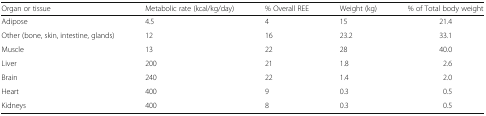
<table><thead><tr><td><b>Organ or tissue</b></td><td><b>Metabolic rate (kcal/kg/day)</b></td><td><b>% Overall REE</b></td><td><b>Weight (kg)</b></td><td><b>% of Total body weight</b></td></tr></thead><tbody><tr><td>Adipose</td><td>4.5</td><td>4</td><td>15</td><td>21.4</td></tr><tr><td>Other (bone, skin, intestine, glands)</td><td>12</td><td>16</td><td>23.2</td><td>33.1</td></tr><tr><td>Muscle</td><td>13</td><td>22</td><td>28</td><td>40.0</td></tr><tr><td>Liver</td><td>200</td><td>21</td><td>1.8</td><td>2.6</td></tr><tr><td>Brain</td><td>240</td><td>22</td><td>1.4</td><td>2.0</td></tr><tr><td>Heart</td><td>400</td><td>9</td><td>0.3</td><td>0.5</td></tr><tr><td>Kidneys</td><td>400</td><td>8</td><td>0.3</td><td>0.5</td></tr></tbody></table>